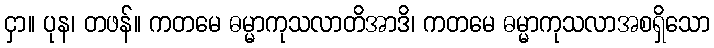
ငှာ။ ပုန၊ တဖန်။ ကတမေ ဓမ္မာကုသလာတိအာဒိ၊ ကတမေ ဓမ္မာကုသလာအစရှိသော